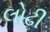
લોઢી